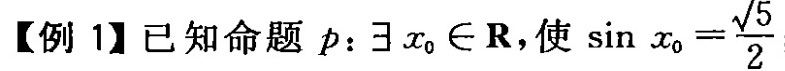
【例1】已知命题p：\exists x_{0}\epsilon R，使 \sin x_{0}= \frac{ \sqrt{5}}{2}